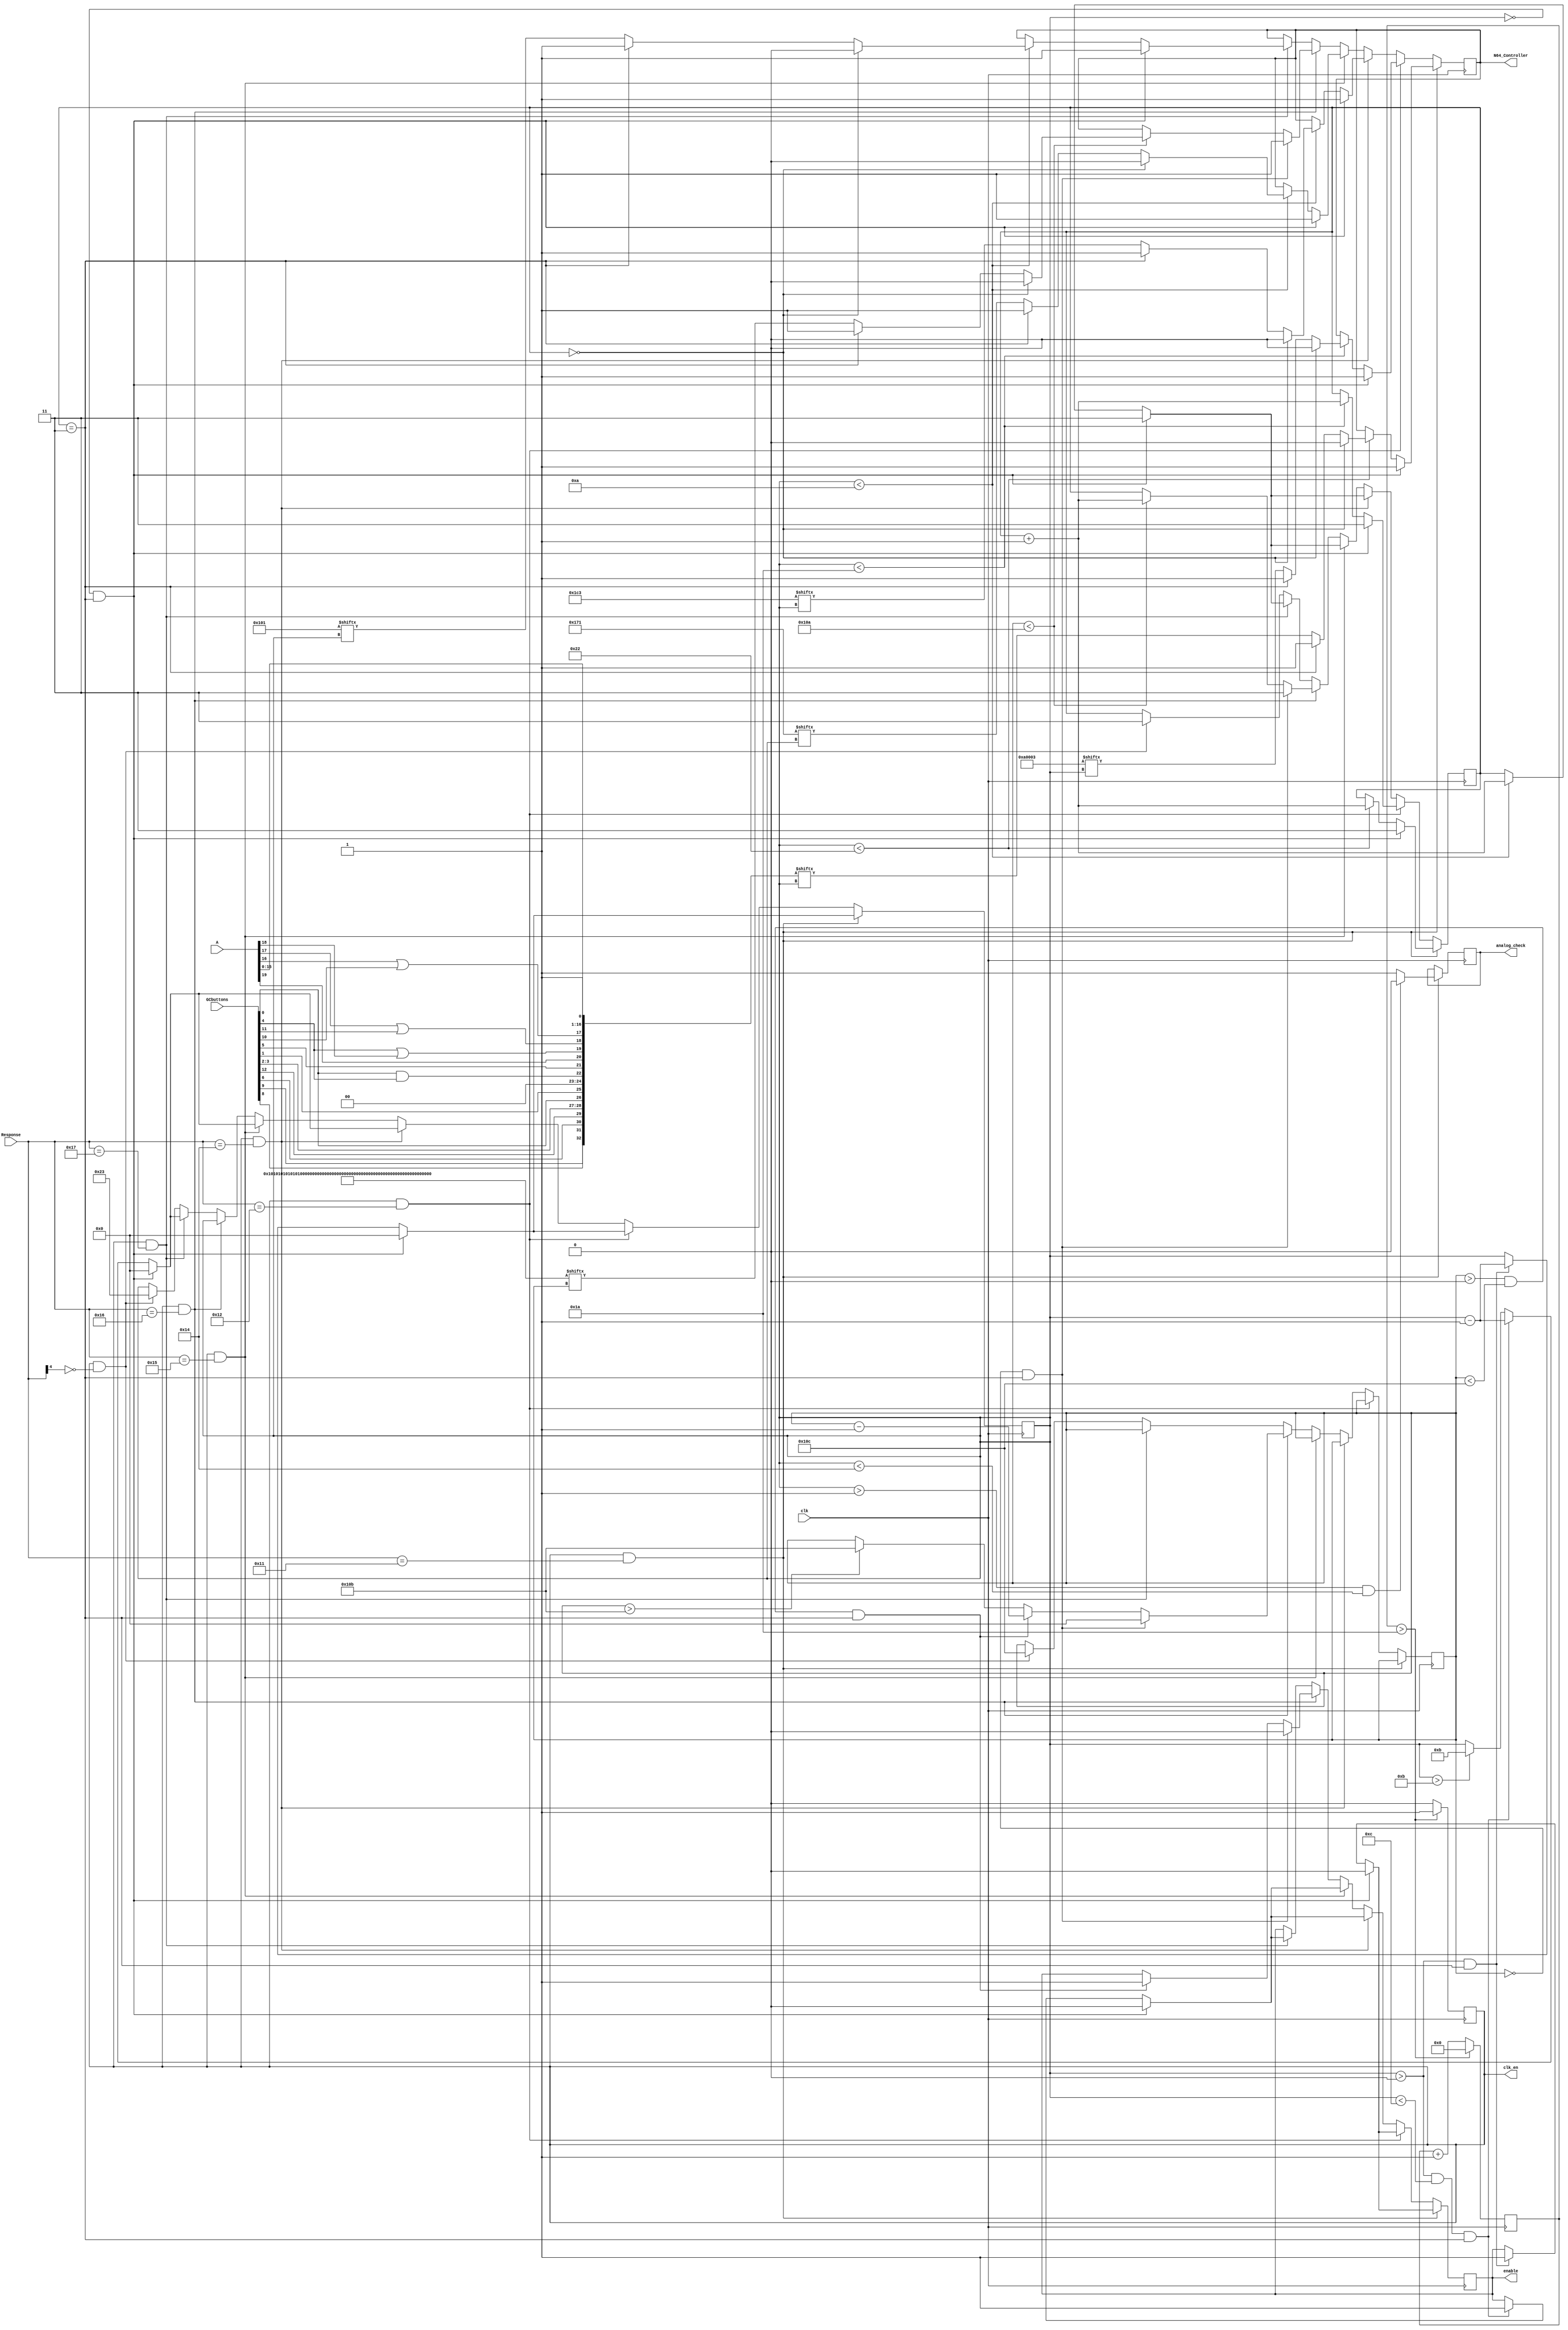
module Control (
	input clk , 
    input [12:0] GCbuttons ,
    input [4:0] Response ,
    input [19:0] A , 
	output enable , output clk_en , output analog_check ,
    output N64_Controller //N64 controller data order is A,B,Z,S,DU,DD,DL,DR,RESET,RESERVED,L,R,CU,CD,CL,CR,JX,JY
);

reg analog_check = 1; //the purpose of analog check is to stop GCC analog data from updating during a N64 write of analog data
reg [8:0] LetsGetReadyToRumble; reg bittest = 0; reg [7:0] E=8'b1000_0000;
reg [32:0] Controller;
reg [24:0] Status;
reg [8:0] PeriInsert; reg [8:0] PeriInsert2;
reg [264:0] PakResponse;
reg B_toggle = 0;
//parameter PakSize = 264;
reg [1:0] bit_place = 2'b11;
initial begin
	N64_Controller = 1'bz;
	Controller = 33'b0000_0000_0000_0000_00000000_00000000_1; 
	Status     = 25'b0000_0101_0000_0000_0000_0001_1; // stop bit should be 2us, I think
    PeriInsert = 9'b1110_0001_1; //stop bit should be 2us // xE1 is something inserted , x1E is nothing
    PeriInsert2= 9'b1011_1000_1; //stop bit should be 2us // xB8 for Rumble inserted?
	//PakResponse2= 	{F,B,B,B,B,B,B,B,B,B,B,B,B,B,B,B,B,B,B,B,B,B,B,B,B,B,B,B,B,B,B,B,B,M};
    PakResponse = 265'b10000000_10000000_10000000_10000000_10000000_10000000_10000000_10000000_10000000_10000000_10000000_10000000_10000000_10000000_10000000_10000000_10000000_10000000_10000000_10000000_10000000_10000000_10000000_10000000_10000000_10000000_10000000_10000000_10000000_10000000_10000000_10000000_10111000_1;
    //{E,8'hFF,8'hCC,8'h55,8'h99,E,E,8'h77,E,E,E,E,E,E,E,E,E,E,E,E,E,E,E,E,E,E,E,E,E,E,E,E,8'hb8,1};	//
    //PakResponse = {{32{8'h80}},8'hB8,1}; // Rumble returns x80, apparently, need to verify. Last bit should be 2us low 
    //PakResponse= {{32{8'h80}},8'hb8,1}; // Rumble returns x80, apparently, need to verify. Last bit should be 2us low 
    LetsGetReadyToRumble    = 9'b1000_0000_1;

end

always @ ( * ) begin
    Controller[32] = GCbuttons[08]; // A 
    Controller[31] = GCbuttons[09]; // B
    Controller[30] = GCbuttons[06]; // Z  should be 04, but swapped with L to be like VC
    Controller[29] = GCbuttons[12]; // Start
    Controller[28] = GCbuttons[03]; // DU
    Controller[27] = GCbuttons[02]; // DD
    Controller[26] = GCbuttons[00]; // DL
    Controller[25] = GCbuttons[01]; // DR
    Controller[24] = 2'b00;// Reset - always 0 except L+R+S
    Controller[23] = 2'b00;// Reserved - always 0
    Controller[22] = GCbuttons[00] && GCbuttons[04]; // L swapped with Z to be like VC
    Controller[21] = GCbuttons[05]; // R   
    Controller[20] = A[19]; // CU
    Controller[19] = GCbuttons[04] || A[18]; // CD or Z
    Controller[18] = A[17] || GCbuttons[11]; // CL or GC_Y
    Controller[17] = A[16] || GCbuttons[10]; // CR or GC_X
    Controller[16:09] = A[15:08]; // X on Joystick
    Controller[08:01] = A[07:00]; // Y on Joystick

	//if ( B_toggle ) begin
    //    PakResponse = {{32{8'h80}},{8{0}},1};
	//end
	//else begin
    //    PakResponse = {{32{8'h00}},{8{0}},1};
	//end
end

reg [8:0] bits = 8'd35; reg [8:0] bits2 = 9'd268; //PakSize; 
reg N64_Controller; reg enable;
always @ ( posedge clk ) begin

	if ( clk_en && Response[4:0] == 5'b10001 ) begin
        if ( bits < 34 ) begin
            if ( bit_place == 2'b00 ) begin
                N64_Controller <= 0; bit_place <= bit_place + 1;
            end
            else if ( bit_place == 2'b11 ) begin
                N64_Controller <= 1; bit_place <= bit_place + 1;
            end
            else begin
                N64_Controller <= Controller[bits]; bit_place <= bit_place + 1;
            end
        end
		if ( bits > 0  && bit_place == 2'b11  ) begin
			bits <= bits - 1; enable <= 1;
		end
		if ( bits == 0 && bit_place == 2'b11 ) begin
			bits <= 0; N64_Controller <= 1'b1;	enable <= 0; bit_place <= 2'b11;
		end
		if ( bits > 1 && bits < 20 ) begin
			analog_check <= 0;
		end
		else begin
			analog_check <= 1;
		end
	end

	else if ( clk_en && Response[4:0] == 5'b10010 ) begin
        if ( bits < 26 ) begin
            if ( bit_place == 2'b00 ) begin
                N64_Controller <= 0; bit_place <= bit_place + 1;
            end
            else if ( bit_place == 2'b11 ) begin
                N64_Controller <= 1; bit_place <= bit_place + 1;
            end
            else begin
                N64_Controller <= Status[bits]; bit_place <= bit_place + 1;
            end
        end
		if ( ( bits > 0 && bit_place == 2'b11 ) ) begin
			bits <= bits - 1; enable <= 1;
		end
		if ( bits == 0 && bit_place == 2'b11 ) begin
			bits <= 0; N64_Controller <= 1'b1;	enable <= 0; bit_place <= 2'b11;
		end
	end

	else if ( clk_en && Response[4:0] == 5'b10100 ) begin
        if ( bits < 10 ) begin
            if ( bit_place == 2'b00 ) begin
                N64_Controller <= 0; bit_place <= bit_place + 1;
            end
            else if ( bit_place == 2'b11 ) begin
                N64_Controller <= 1; bit_place <= bit_place + 1;
            end
            else begin
                N64_Controller <= PeriInsert[bits]; bit_place <= bit_place + 1;
            end
        end
		if (bits > 11 ) begin
			bits <= 11;
		end
		if ( ( bits > 0 && bits < 12 && bit_place == 2'b11 ) ) begin
			bits <= bits - 1; enable <= 1;
		end
		if ( bits == 0 && bit_place == 2'b11 ) begin
			bits <= 0; N64_Controller <= 1'b1;	enable <= 0; bit_place <= 2'b11;
		end
	end

	else if ( clk_en && Response[4:0] == 5'b10101 ) begin
        if ( bits < 10 ) begin
            if ( bit_place == 2'b00 ) begin
                N64_Controller <= 0; bit_place <= bit_place + 1;
            end
            else if ( bit_place == 2'b11 ) begin
                N64_Controller <= 1; bit_place <= bit_place + 1;
            end
            else begin
                N64_Controller <= PeriInsert2[bits]; bit_place <= bit_place + 1;
            end
        end
		if (bits > 11 ) begin
			bits <= 11;
		end
		if ( ( bits > 0 && bits < 12 && bit_place == 2'b11 ) ) begin
			bits <= bits - 1; enable <= 1;
		end
		if ( bits == 0 && bit_place == 2'b11 ) begin
			bits <= 0; N64_Controller <= 1'b1;	enable <= 0; bit_place <= 2'b11;
		end
	end
	
	else if ( clk_en && Response[4:0] == 5'b10110 ) begin
        if ( bits2 == 264 ) begin
            bittest <= 1;
        end
        if ( bits2 == 0 ) begin
            bittest <= 0;
        end
        if ( bits2 < 266 ) begin // Paksize=264 , PakResponse = [264:0] wide
            if ( bit_place == 2'b00 ) begin
                N64_Controller <= 0; bit_place <= bit_place + 1;
            end
            else if ( bit_place == 2'b11 ) begin
                N64_Controller <= 1; bit_place <= bit_place + 1;
            end
            else begin
                N64_Controller <= PakResponse[bits2]; bit_place <= bit_place + 1;
            end
        end
		if (bits2 > 264 + 3 ) begin
			bits2 <= 264 + 3; //PakSize + 3; 
		end
		if ( ( bits2 > 0 && bits2 < 268 && bit_place == 2'b11 ) ) begin //PakSize + 4
			bits2 <= bits2 - 1; enable <= 1; 
		end
		if ( bits2 == 0 && bit_place == 2'b11 ) begin
			bits2 <= 0; N64_Controller <= 1'b1;	enable <= 0; bit_place <= 2'b11; //B_toggle <= ~B_toggle;
		end
	end
	else if ( clk_en && Response[4:0] == 5'b10111 ) begin
        if ( bits < 10 ) begin
            if ( bit_place == 2'b00 ) begin
                N64_Controller <= 0; bit_place <= bit_place + 1;
            end
            else if ( bit_place == 2'b11 ) begin
                N64_Controller <= 1; bit_place <= bit_place + 1;
            end
            else begin
                N64_Controller <= LetsGetReadyToRumble[bits]; bit_place <= bit_place + 1;
            end
        end
		if (bits > 11 ) begin
			bits <= 11;
		end
		if ( ( bits > 0 && bits < 12 && bit_place == 2'b11 ) ) begin
			bits <= bits - 1; enable <= 1;
		end
		if ( bits == 0 && bit_place == 2'b11 ) begin
			bits <= 0; N64_Controller <= 1'b1;	enable <= 0; bit_place <= 2'b11;
		end
	end
	else if ( clk_en && Response[4] == 1'b0 ) begin //Response[4] is only 0 when no other poll conditions are not active
		bits <= 35; bits2 <= 264 + 4; bit_place <= 2'b11;
	end
end

reg [5:0] clk_div = 0; reg clk_en = 0;
always @ ( posedge clk ) begin // clk at 1_MHz
	clk_en <= 1'b0;	clk_div <= clk_div + 1;
	if ( clk_div > 26 ) begin
		clk_div <= 0; clk_en <= 1;
	end
end
		

 
endmodule